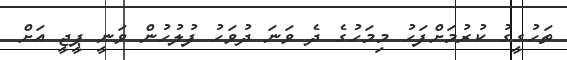
ތަހުގީގު ކުރުމަށްފަހު މިމަހުގެ ދެ ވަނަ ދުވަހު ފުލުހުން ވަނީ ޕީޖީ އަށް